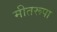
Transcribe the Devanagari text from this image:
मीतरूपा